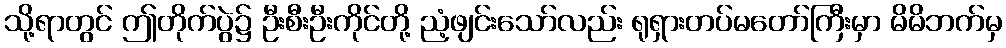
သို့ရာတွင် ဤတိုက်ပွဲ၌ ဦးစီးဦးကိုင်တို့ ညံ့ဖျင်းသော်လည်း ရုရှားတပ်မတော်ကြီးမှာ မိမိဘက်မှ